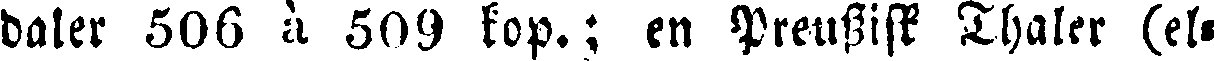
daler 506 à 509 kop.; en Preussisk Thaler (el-